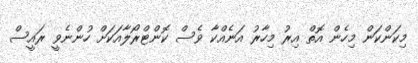
މިކަންކަން މިހެން އޮތް އިރު މިހާރު އަނެއްކާ ވެސް ކޮންޓްރޯލާއަކަށް ހުންނެވީ ރައީސް